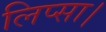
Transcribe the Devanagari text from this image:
लिप्सा।